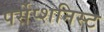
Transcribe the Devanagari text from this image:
पर्सेप्शनिस्ट